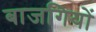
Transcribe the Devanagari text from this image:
बाजगियों